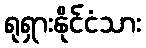
ရုရှားနိုင်ငံသား